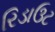
રિડાઉટ